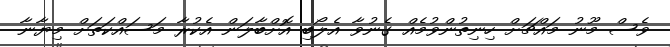
ވެސް މޫނު މައްޗަށް ހިނިތުންވުމެއް ގެނުވާ އެލޯބި އޮށްބާލަން އެކުރާ މަސައްކަތަށް މިޔާނާ